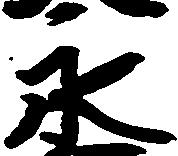
永